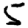
Digit: 5